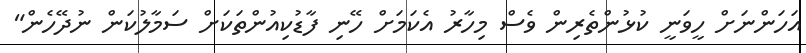
އަހަންނަށް ހީވަނީ ކުޅުންތެރިން ވެސް މިހާރު އެކަމަށް ހޭނި ފާޑުކިއުންތަކަށް ސަމާލުކަން ނުދޭހެން"